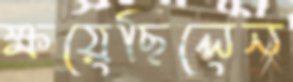
ক্ষয়েছিলেন